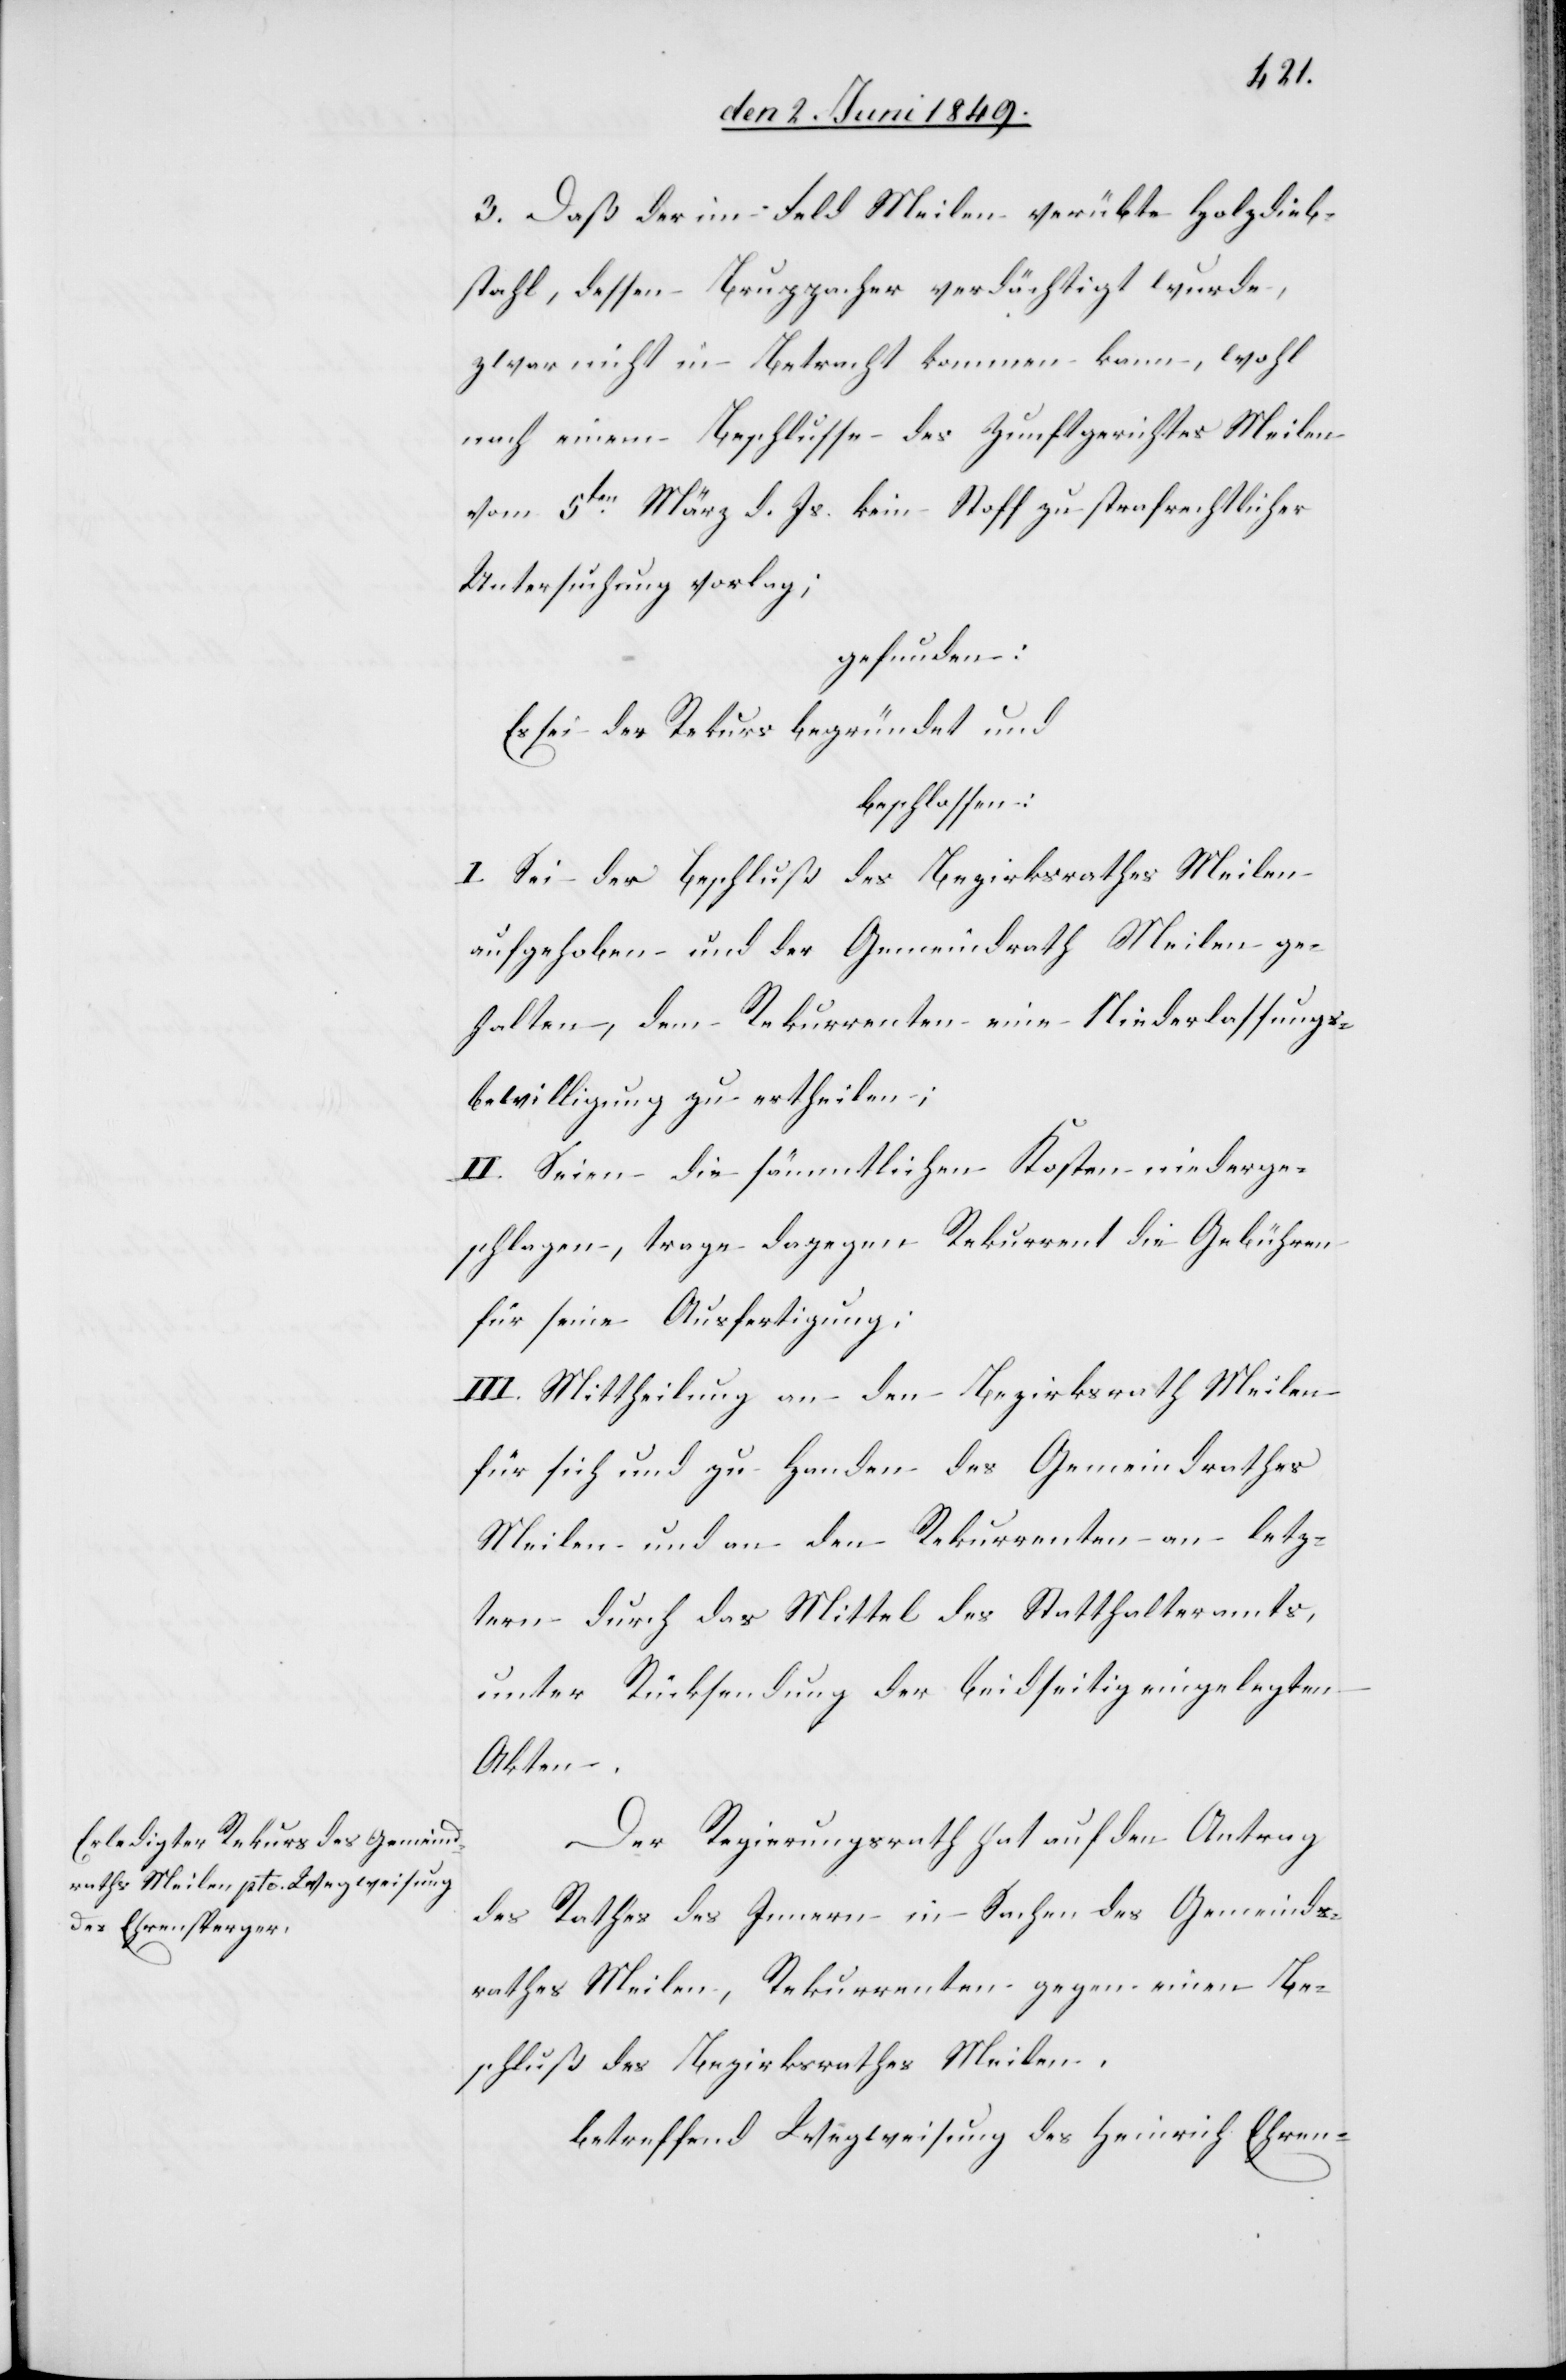
3. Daß der im Feld Meilen verübte Holzdieb¬
stahl, dessen Bruppacher verdächtigt wurde,
zwar nicht in Betracht kommen kann, wohl
nach einem Beschlusse des Zunftgerichtes Meilen
vom 5ten März d. Js. kein Stoff zu strafrechtlicher
Untersuchung vorlag;
gefunden:
Es sei der Rekurs begründet und
beschlossen:
I. Sei der Beschluß des Bezirksrathes Meilen
aufgehoben – und der Gemeindrath Meilen ge¬
halten, dem Rekurrenten eine Niederlassungs¬
bewilligung zu ertheilen;
II. Seien die sämmtlichen Kosten niederge¬
schlagen, trage dagegen Rekurrent die Gebühren
für seine Ausfertigung:
III. Mittheilung an den Bezirksrath Meilen
für sich und zu Handen des Gemeindrathes
Meilen und an den Rekurrenten an letz¬
tern durch das Mittel des Statthalteramtes,
unter Rücksendung der beidseitig eingelegten
Akten.
Der Regierungsrath hat auf den Antrag
des Rathes des Innern in Sachen des Gemeinds¬
rathes Meilen, Rekurrenten gegen einen Be¬
schluß des Bezirksrathes Meilen,
betreffend Wegweisung des Heinrich Ehren-